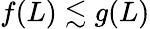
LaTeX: f(L)\lesssim g(L)